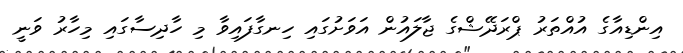
އިންޑިއާގެ އުއްތަރު ޕްރަދޭޝްގެ ޖާލައުން އަވަށުގައި ހިނގާފައިވާ މި ހާދިސާގައި މިހާރު ވަނީ